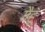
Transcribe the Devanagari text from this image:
गैहूँ